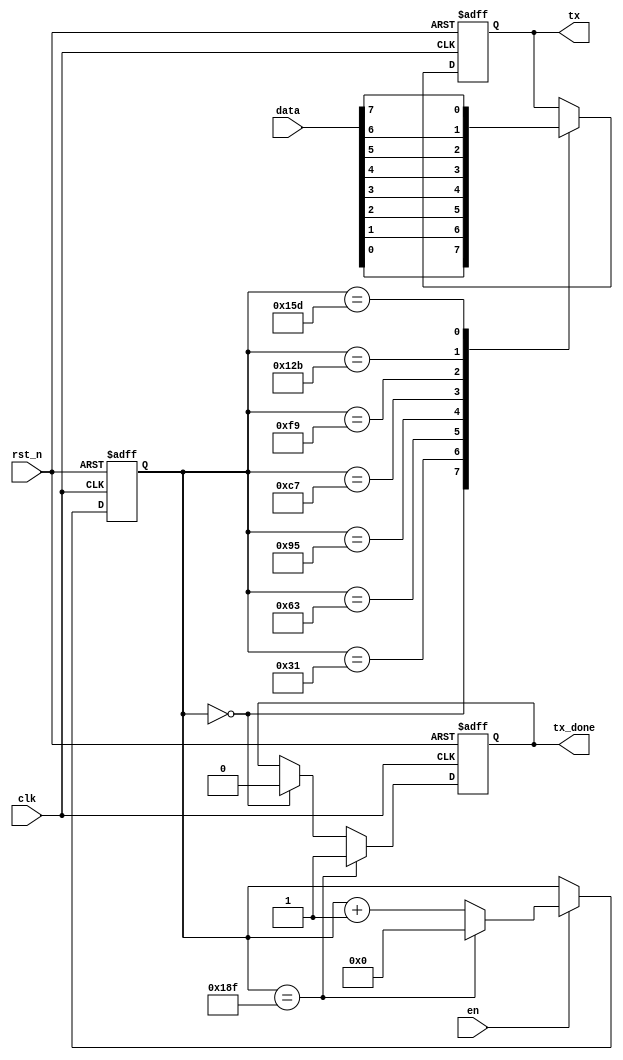
module sender(
	clk,
	rst_n,
	en,
	tx_done,
	data,
	tx

);

	input clk;//50mhz
	input rst_n;
	
	input en;
	input [7:0] data;
	
	output reg tx_done;
	
	output reg tx;
	
	reg [8:0] cnt;
	
	initial cnt=0;
	
	always@(posedge clk or negedge rst_n)
		if(!rst_n) 
			cnt <= 0;
		else if(en) 
			if(cnt == 399)
				cnt <= 0;
			else 
				cnt <= cnt + 1'b1;

		else
			cnt <= cnt;
		
	
	always@(posedge clk or negedge rst_n)
		if(!rst_n)
			tx <= 0;
		else begin
			case(cnt)
				0  : tx = data[0];
				49 : tx = data[1];
				99 : tx = data[2];
				149: tx = data[3];
				199: tx = data[4];
				249: tx = data[5];
				299: tx = data[6];
				349: tx = data[7];
				default: tx = tx;
			endcase
		end
		
		always@(posedge clk or negedge rst_n)
			if(!rst_n)
				tx_done <= 0;
			else if (cnt == 399)
				tx_done <= 1;
			else if (cnt == 0)
				tx_done <= 0;

					
endmodule